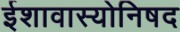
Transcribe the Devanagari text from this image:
ईशावास्योनिषद